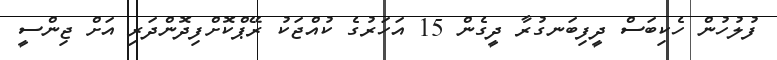
ފުލުހުން ހެކިބަސް ދީފިބަނގުރާ ދީގެން 15 އަހަރުގެ ކުއްޖަކު ރޭޕްކޮށްފިދޮންދަރި އަށް ޖިންސީ